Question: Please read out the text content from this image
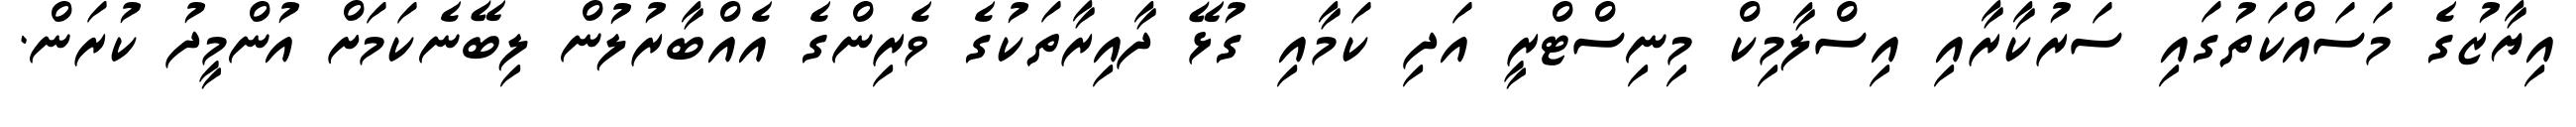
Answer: އިޔާޒުގެ މަސައްކަތުގައި ސަރުކާރާއި އިސްލާމިކް މިނިސްޓްރީ އަދި ކަމާއި ގުޅޭ ދާއިރާތަކުގެ ވެރިންގެ އެއްބާރުލުން ލިބޭނެކަމަށް އުންމީދު ކުރަން.